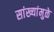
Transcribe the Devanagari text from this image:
सांख्यांमुळे